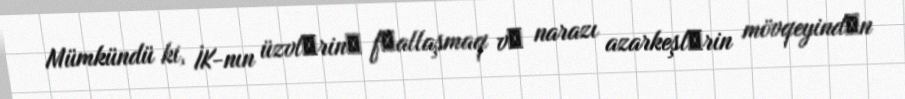
Mümkündü ki, İK-nın üzvlәrinә fәallaşmaq vә narazı azarkeşlәrin mövqeyindәn